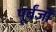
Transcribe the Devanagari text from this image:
पूर्वंजों